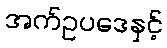
အက်ဥပဒေနှင့်